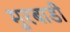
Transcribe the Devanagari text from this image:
मुरबाडी